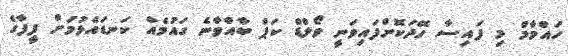
ހައްމާމް މި ފައިސާ ހޭދަކޮށްފައިވަނީ ވޯލްޑް ކަޕް ބާއްވާނެ ގައުމެއް ކަނޑައެޅުމަށް ފީފާގެ